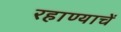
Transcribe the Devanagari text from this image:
रहाण्याचें